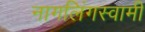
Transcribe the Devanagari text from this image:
नागलिंगस्वामी